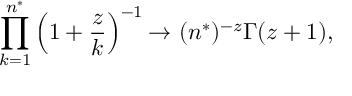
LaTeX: \prod _ { k = 1 } ^ { n ^ { * } } \left( 1 + \frac { z } { k } \right) ^ { - 1 } { \rightarrow } ~ ( n ^ { * } ) ^ { - z } \Gamma ( z + 1 ) ,